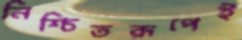
নিশ্চিতরূপেই